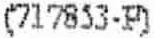
(717853-P)